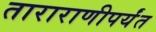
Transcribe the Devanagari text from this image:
ताराराणीपर्यंत